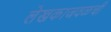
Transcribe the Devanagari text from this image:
लेखकाजवळची